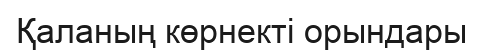
Қаланың көрнекті орындары